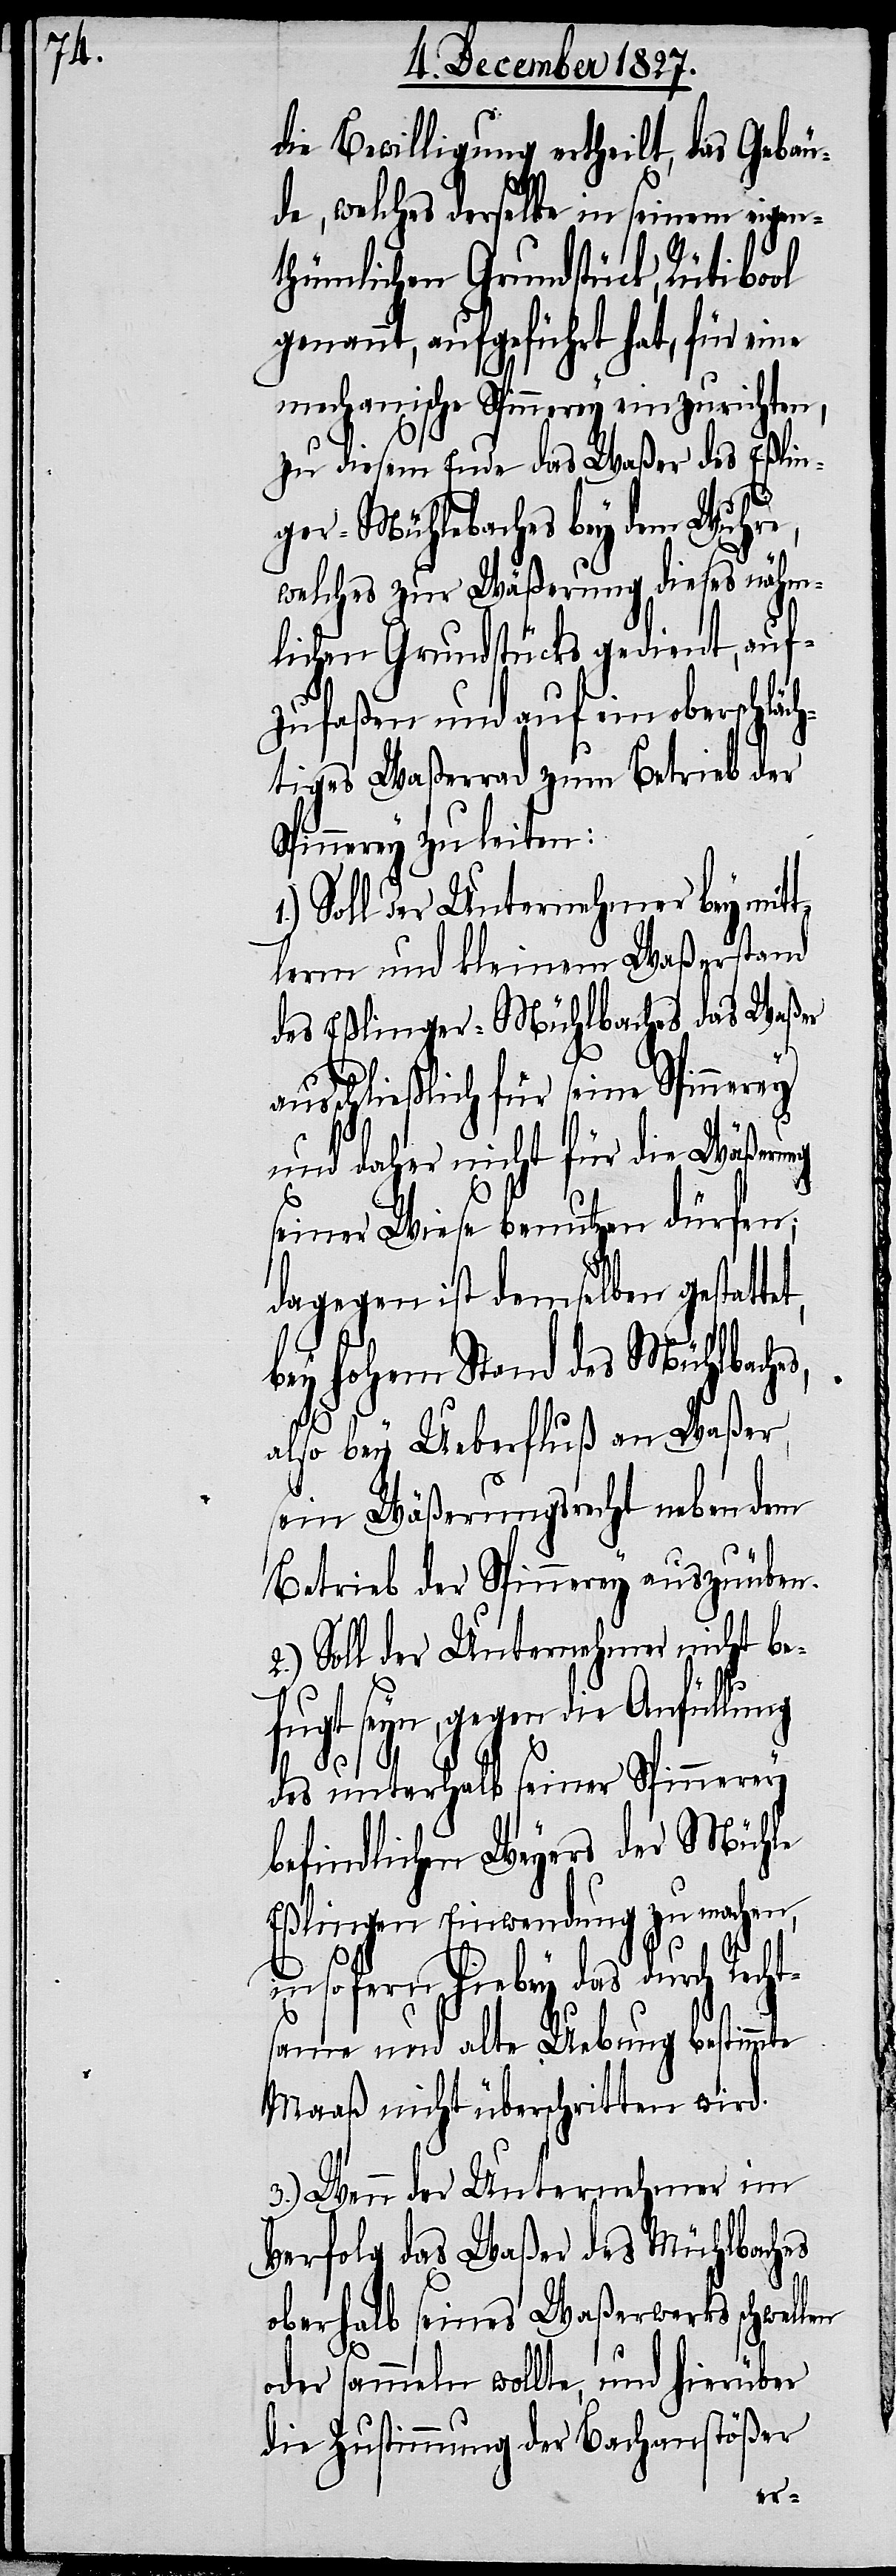
die Bewilligung ertheilt, das Gebäu¬
de, welches derselbe in seinem eigen¬
thümlichen Grundstück, Rütibool
genannt, aufgeführt hat, für eine
mechanische Spinnerey einzurichten,
zu diesem Ende das Waßer des Eßlin¬
ger-Mühlebaches bey dem Wuhre,
welches zur Wäßerung dieses nähm¬
lichen Grundstücks gedient, auf¬
zufaßen und auf ein oberschläch¬
tiges Waßerrad zum Betrieb der
Spinnerey zu leiten:
1.) Soll der Unterzeichner bey mit¬
tlern und kleinem Waßerstand
des Eßlinger-Mühlbaches das Waßer
usschließlich für seine Spinnerey
und daher nicht für die Wäßerung
seiner Wiese benutzen dürfen;
dagegen ist demselben gestat¬
bey hohem Stand des Mühlbaches,
also bey Ueberfluß an Waßer,
sein Wäßerungsrecht neben dem
Betrieb der Spinnerey auszuüben.
2.) Soll der Unternehmer nicht be¬
fugt seyn, gegen die Anfüllung
a¬
len
des unterhalb seiner Spinnerey
befindlichen Weyers der Mühle
Eßlingen Einwendung zu machen,
insofern hiebey das durch Recht¬
same und alte Uebung bestimmte
Maaß nicht überschritten wird.
3.) Wenn der Unternehmer im
Verfolg das Waßer das Mühlbaches
oberhalb seines Waßerwerks schwel¬
oder sammeln wollte, und hierüber
die Zustimmung der Bachanstößer